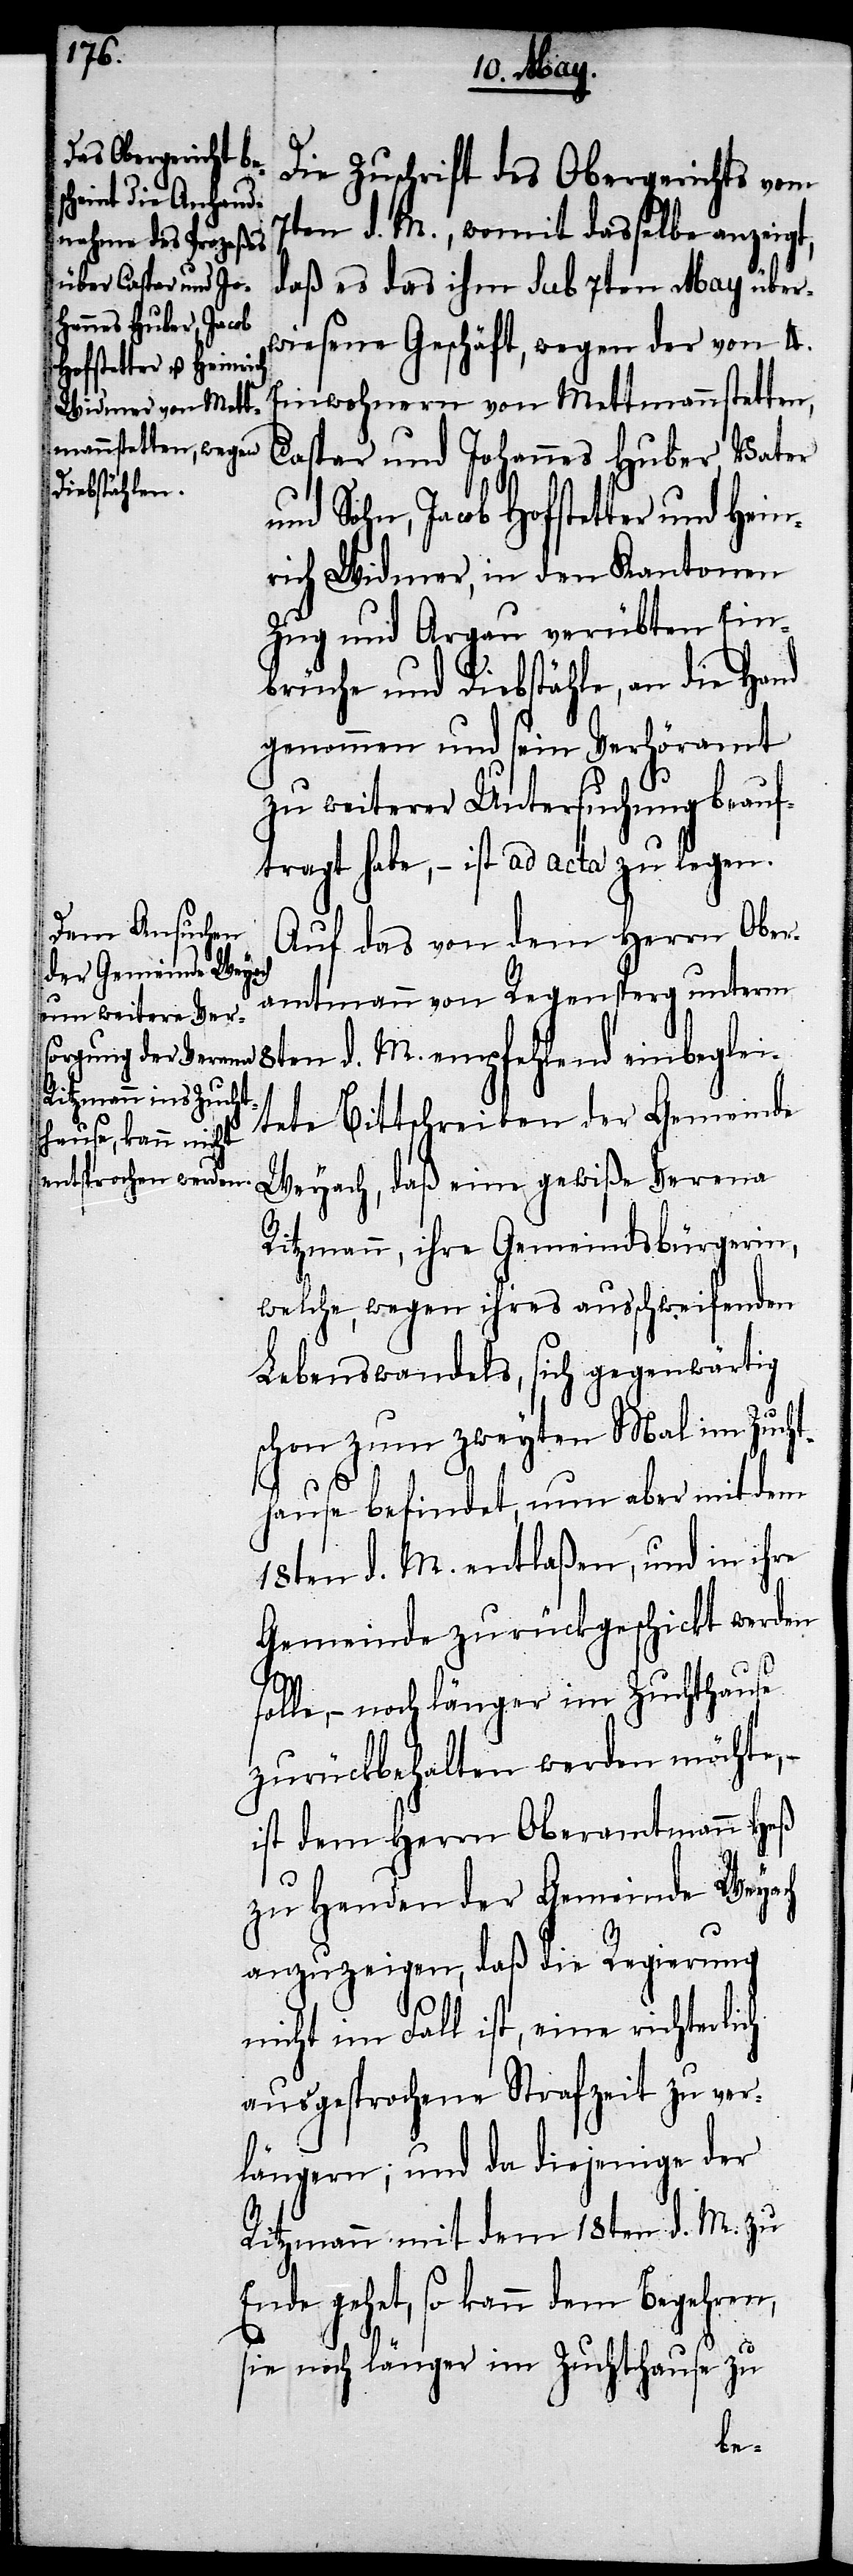
Die Zuschrift des Obergerichts vom
7ten d. M., womit dasselbe anzeigt,
daß es das ihm sub 7ten May über¬
wiesene Geschäft, wegen der von 4.
Einwohnern von Mettmannstetten,
Caspar und Johannes Huber, Vater
und Sohn, Jacob Hofstetter und Hein¬
rich Widmer, in den Kantonen
Zug und Argau verübten Ein¬
brüche und Diebstähle, an die Hand
genommen und sein Verhöramt
zu weiterer Untersuchung beauf¬
tragt habe, – ist ad acta zu legen.
Auf das von dem Herrn Ober¬
amtmann von Regensperg unterm
8ten d. M. empfehlend einbeglei¬
tete Bittschreiben der Gemeinde
Weyach, daß eine gewiße Verena
Ritzmann, ihre Gemeindsbürgerin,
welche, wegen ihres ausschweifenden
Lebenswandels, sich gegenwärtig
schon zum zweyten Mal im Zucht¬
hause befindet, nun aber mit dem
18ten d. M. entlaßen, und in ihre
Gemeinde zurückgeschickt werden
lle, – noch länger im Zuchthause
zurückbehalten werden möchte,
ist dem Herrn Oberamtmann Heß
zu Handen der Gemeinde Weyach
anzuzeigen, daß die Regierung
nicht im Fall ist, eine richterlich
ausgesprochene Strafzeit zu ver¬
längern; und da diejenige der
Ritzmann mit dem 18ten d. M. zu
Ende gehet, so kann dem Begehren,
sie noch länger im Zuchthause zu
so¬